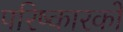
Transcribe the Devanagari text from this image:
परिष्कारकों